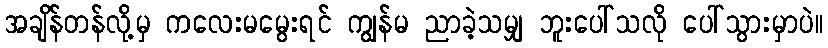
အချိန်တန်လို့မှ ကလေးမမွေးရင် ကျွန်မ ညာခဲ့သမျှ ဘူးပေါ်သလို ပေါ်သွားမှာပဲ။